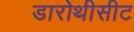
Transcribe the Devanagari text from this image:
डारोथीसीट